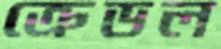
ক্রেডল